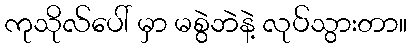
ကုသိုလ်ပေါ် မှာ မစွဲဘဲနဲ့ လုပ်သွားတာ။